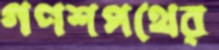
গণশপথের